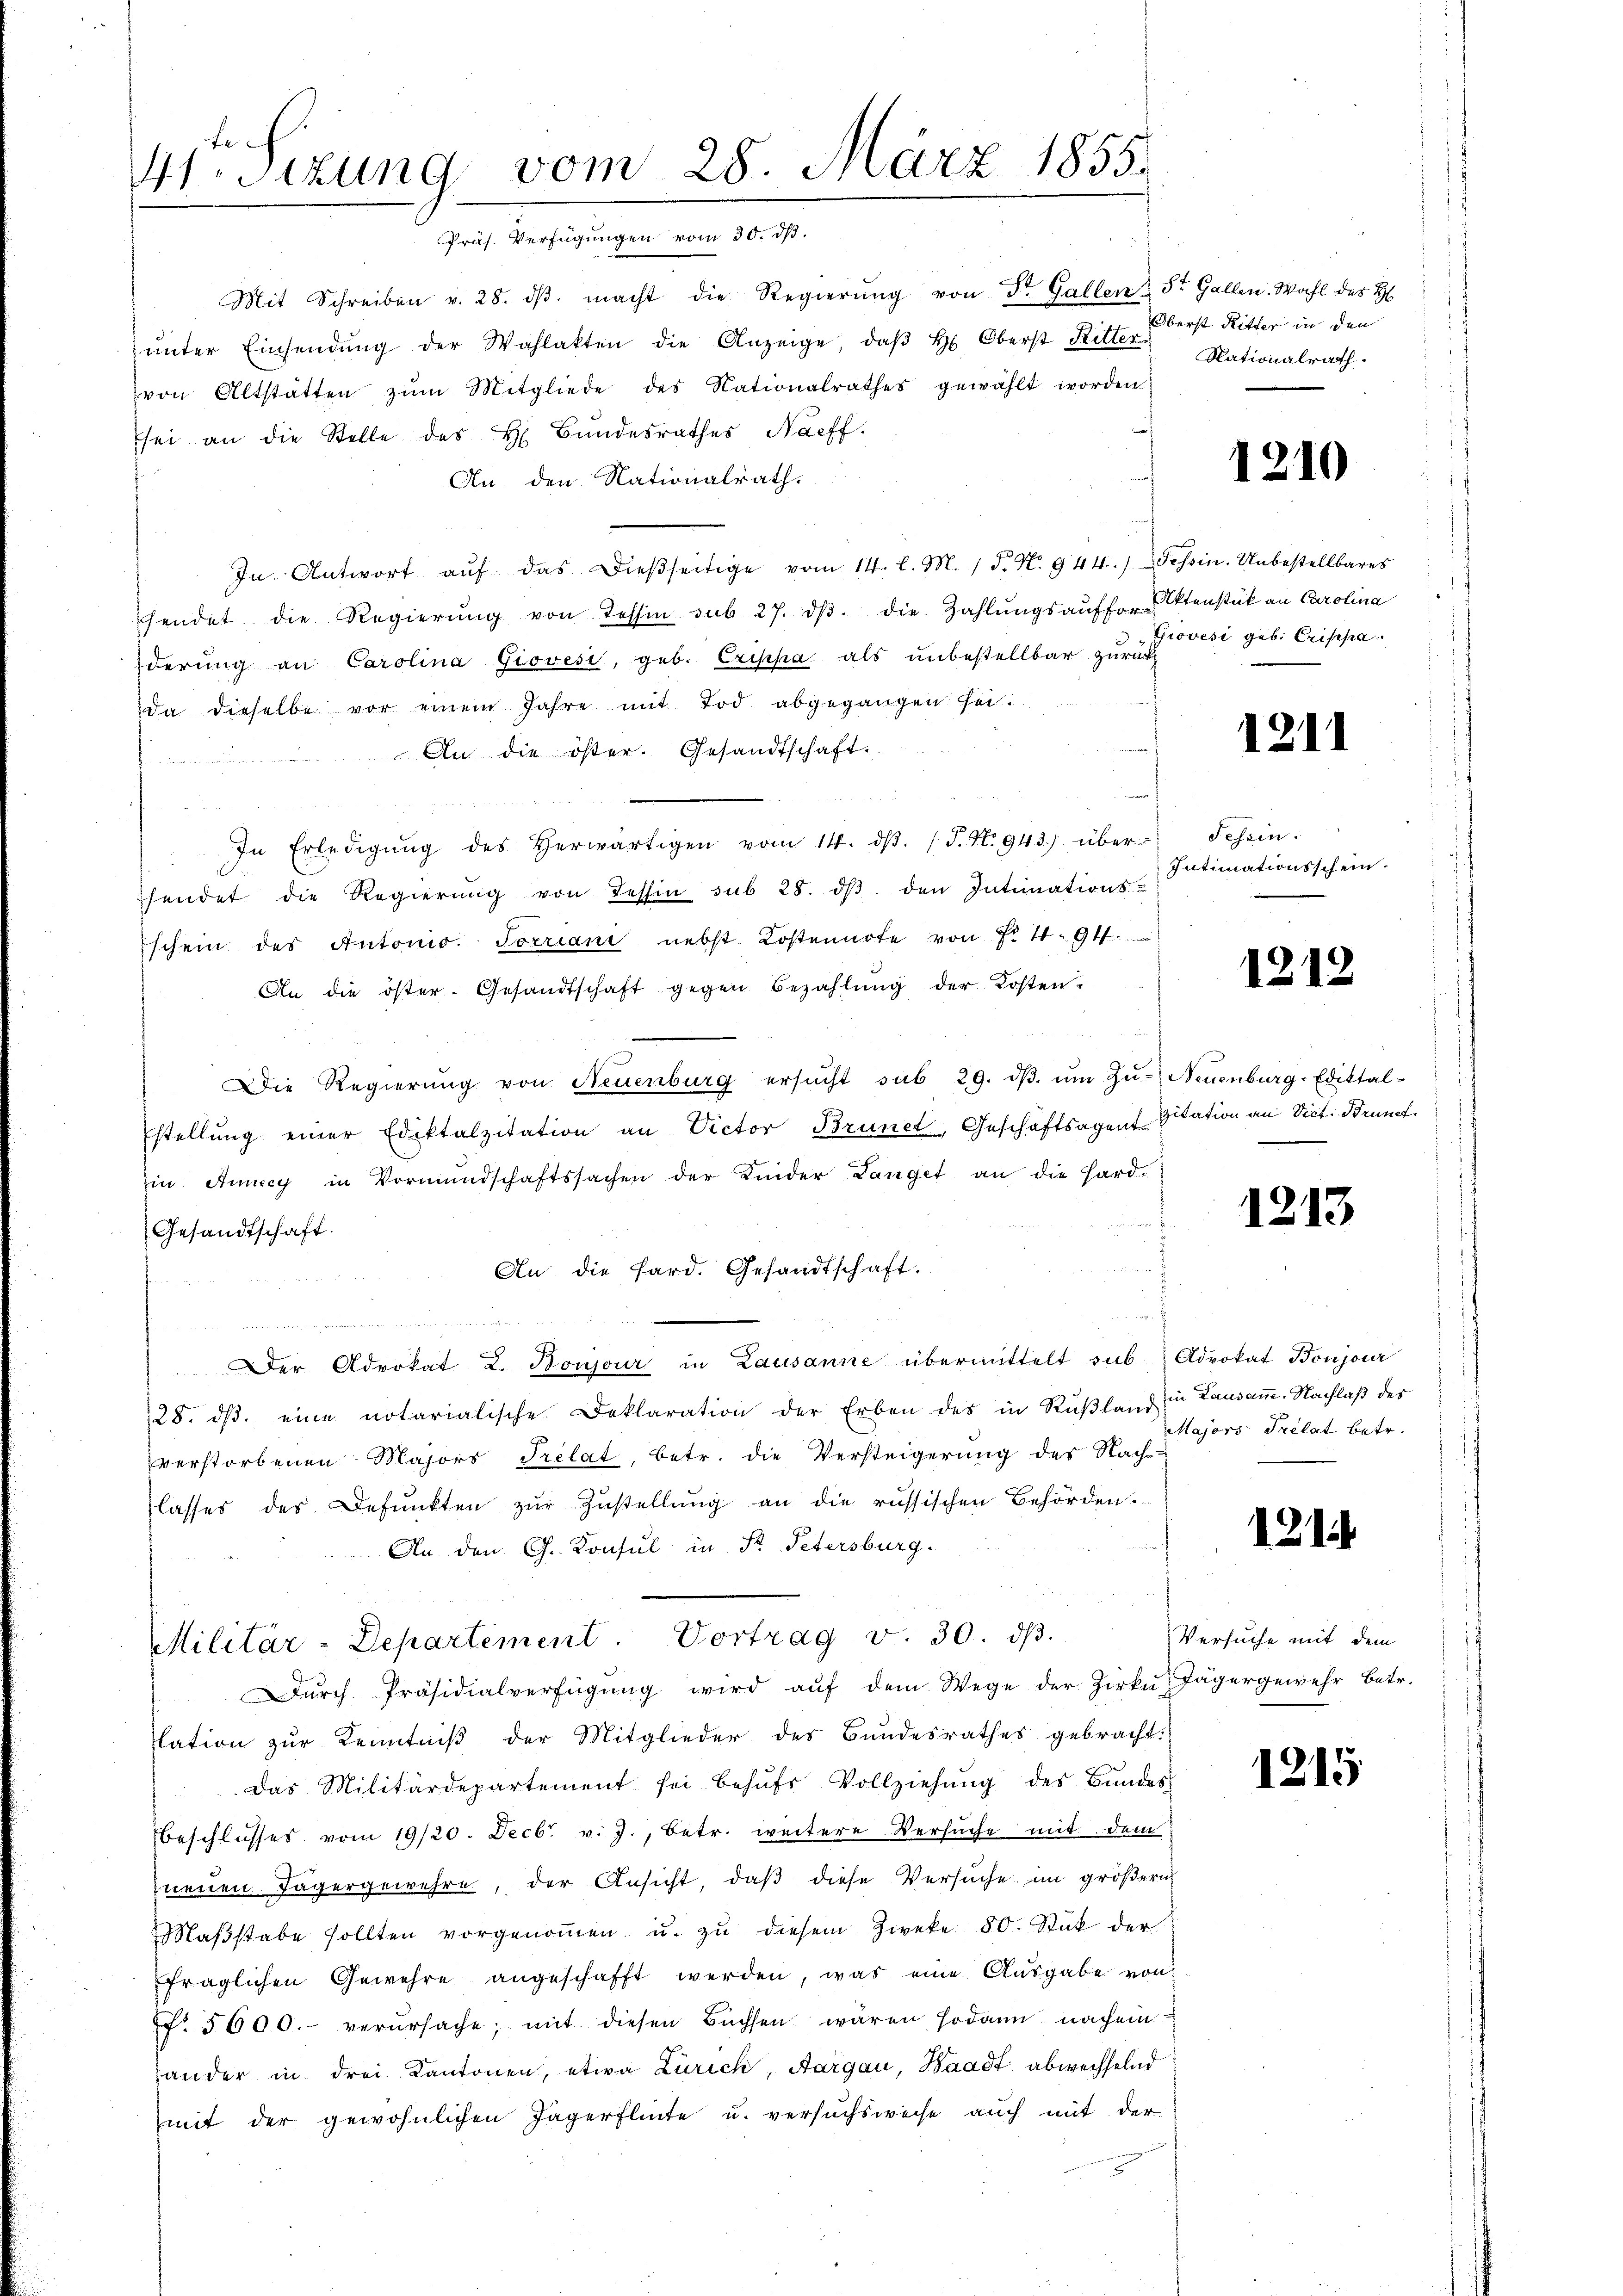
te¬
41. Sizung vom 28. März 1855.
Präs. Verfügungen vom 30. d.

Mit Schreiben v. 28. dβ macht die Regierŭng von Dr. Gallen St. Gallen. Wahl des H
ŭnter Einsendŭng der Wahlakten die Anzeige, daβ h. Oberst Ritter
von Altstatten zŭm Mitgliede des Nationalrathes gewählt worden
sei an die Stelle des H. Bŭndesrathes Nachf
An den Nationalrath.
In Antwort aŭf das dieβseitige vom 14. l. M. 1 S. N. 944.) Tessin. Unbestellbares
hendet die Regierŭng von Tessin sub 27. dβ die Zahlŭngsaufforstenstük an Carolina
derung an Carolina Giovesi, geb. Erippa als unbestellbar zurück
da dieselbe vor einem Jahre mit Tod abgegangen sei.
An die öster. Gesandtschaft.
In Erledigŭng des Herwärtigen vom 14. dβ. / P. N. 943.) über-
hendet die Regierŭng von Tessin sub 28. dβ. den Intimations-
schein des Antonio. Sorriani nebst Kostennote von Fr. 4. 94.
An die öster- Gesandtschaft gegen Bezahlŭng der Kosten-
Die Regierŭng von Neuenburg ersŭcht sub 29. dβ ŭm Zŭ- Neuenburg-Ediktal-
stellŭng einer Ediktalzitation an Victor Brunet, Geschäftsagent Zitation an Vict. Brune
in Annicy in Vormundschaftssachen der Kinder Langet an die Hard-
Gesandtschaft.
An die Sard. Gesandtschaft.
3
Der Advokat L. Boujour in Lausanne übermittelt sub Advokat Boujour
28. dβ. eine notarialische Deklaration der Erben des in Rüβland in Lausane. Nachlaß des
verstorbenen Majors Prelat, betr. die Versteigerung des Nach-
lasses des Defunkten zur Zustellung an die russischen Behörden.
An den G. Konsul in St. Petersburg.
Militär-Departement. Vortrag v. 30. dβ.
ŭrch Präsidialverfügŭng wird aŭf dem Wege der Zirkŭ Jägergewehr betr.
lation zŭr Kenntniβ der Mitglieder des Bundesrathes gebracht.
das Militärdepartement sei behŭfs Vollziehŭng des Bŭndes
Beschlusses vom 19/20. Decbr. v. J., betr. weitere Versuche mit dem
neuen Jägergewehre, der Ansicht, daβ diese Versuche im größern
Maβstabe sollten vorgenoṁen u. zŭ diesem Zweke 80. Stück der
fraglichen Gewehre angeschafft werden, was eine Ausgabe von
 5600. verursache, mit diesen Büchsen wären sodann nach einander in drei Kantonen, etwa Zürich, Aargau, Waadt abwechselnd
mit der gewöhnlichen Jägerflinte u. versuchsweise auch mit der

Oberst Ritter in den
Nationalrath.

1210

Giovesi geb. Crippa.

1211

Tessin.
Intimationsschein.

1212

1213

Majors Prelat betr.

1214

Versuche mit dem

1215